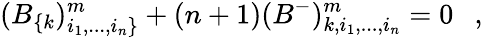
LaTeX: (B_{\{ k})_{i_{1},...,i_{n}\} }^{m}+(n+1)(B^{-})_{k,i_{1},...,i_{n}}^{m}=0~~~,